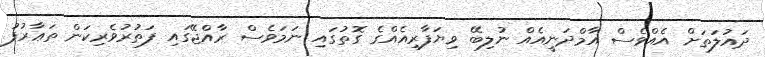
ދައުލަތަށް އެއްވެސް އާމްދަނީއެއް ނުލިބޭ ވިޔަފާރިއެއްގެ ގޮތުގައި ނަމަވެސް ރާއްޖޭގައި ފަތުރުވެރިކަން ތަޢާރުފު